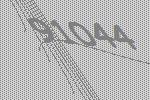
91044